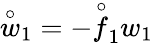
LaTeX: \stackrel{\circ}{w}_{1}=-\stackrel{\circ}{f}_{1}w_{1}